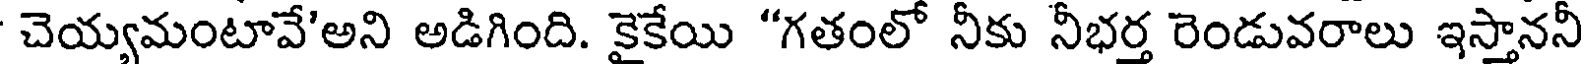
చెయ్యమంటావే'అని అడిగింది. కైకేయి "గతంలో నీకు నీభర్త రెండువరాలు ఇస్తాననీ